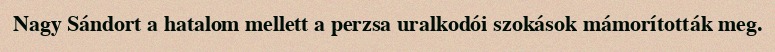
Nagy Sándort a hatalom mellett a perzsa uralkodói szokások mámorították meg.